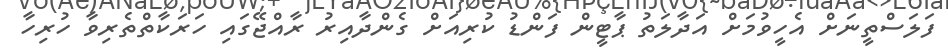
ފަލަސްތީނަށް އެހީވުމަށް އަދާލަތު ޕާޓީން ފަންޑު ކުރިއަށް ގެންދާއިރު ރާއްޖޭގައި ހަރަކާތްތެރިވާ ހުރިހާ